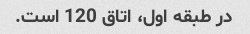
در طبقه اول، اتاق 120 است.